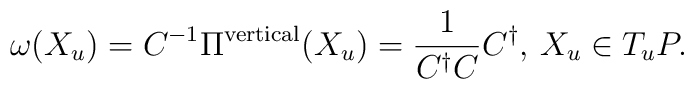
\omega(X_{u}) = C^{-1}\Pi^{{\rm vertical}}(X_{u}) =  \frac{1}{C^{\dagger}C}C^{\dagger}, \, X_{u}\in T_{u}P.